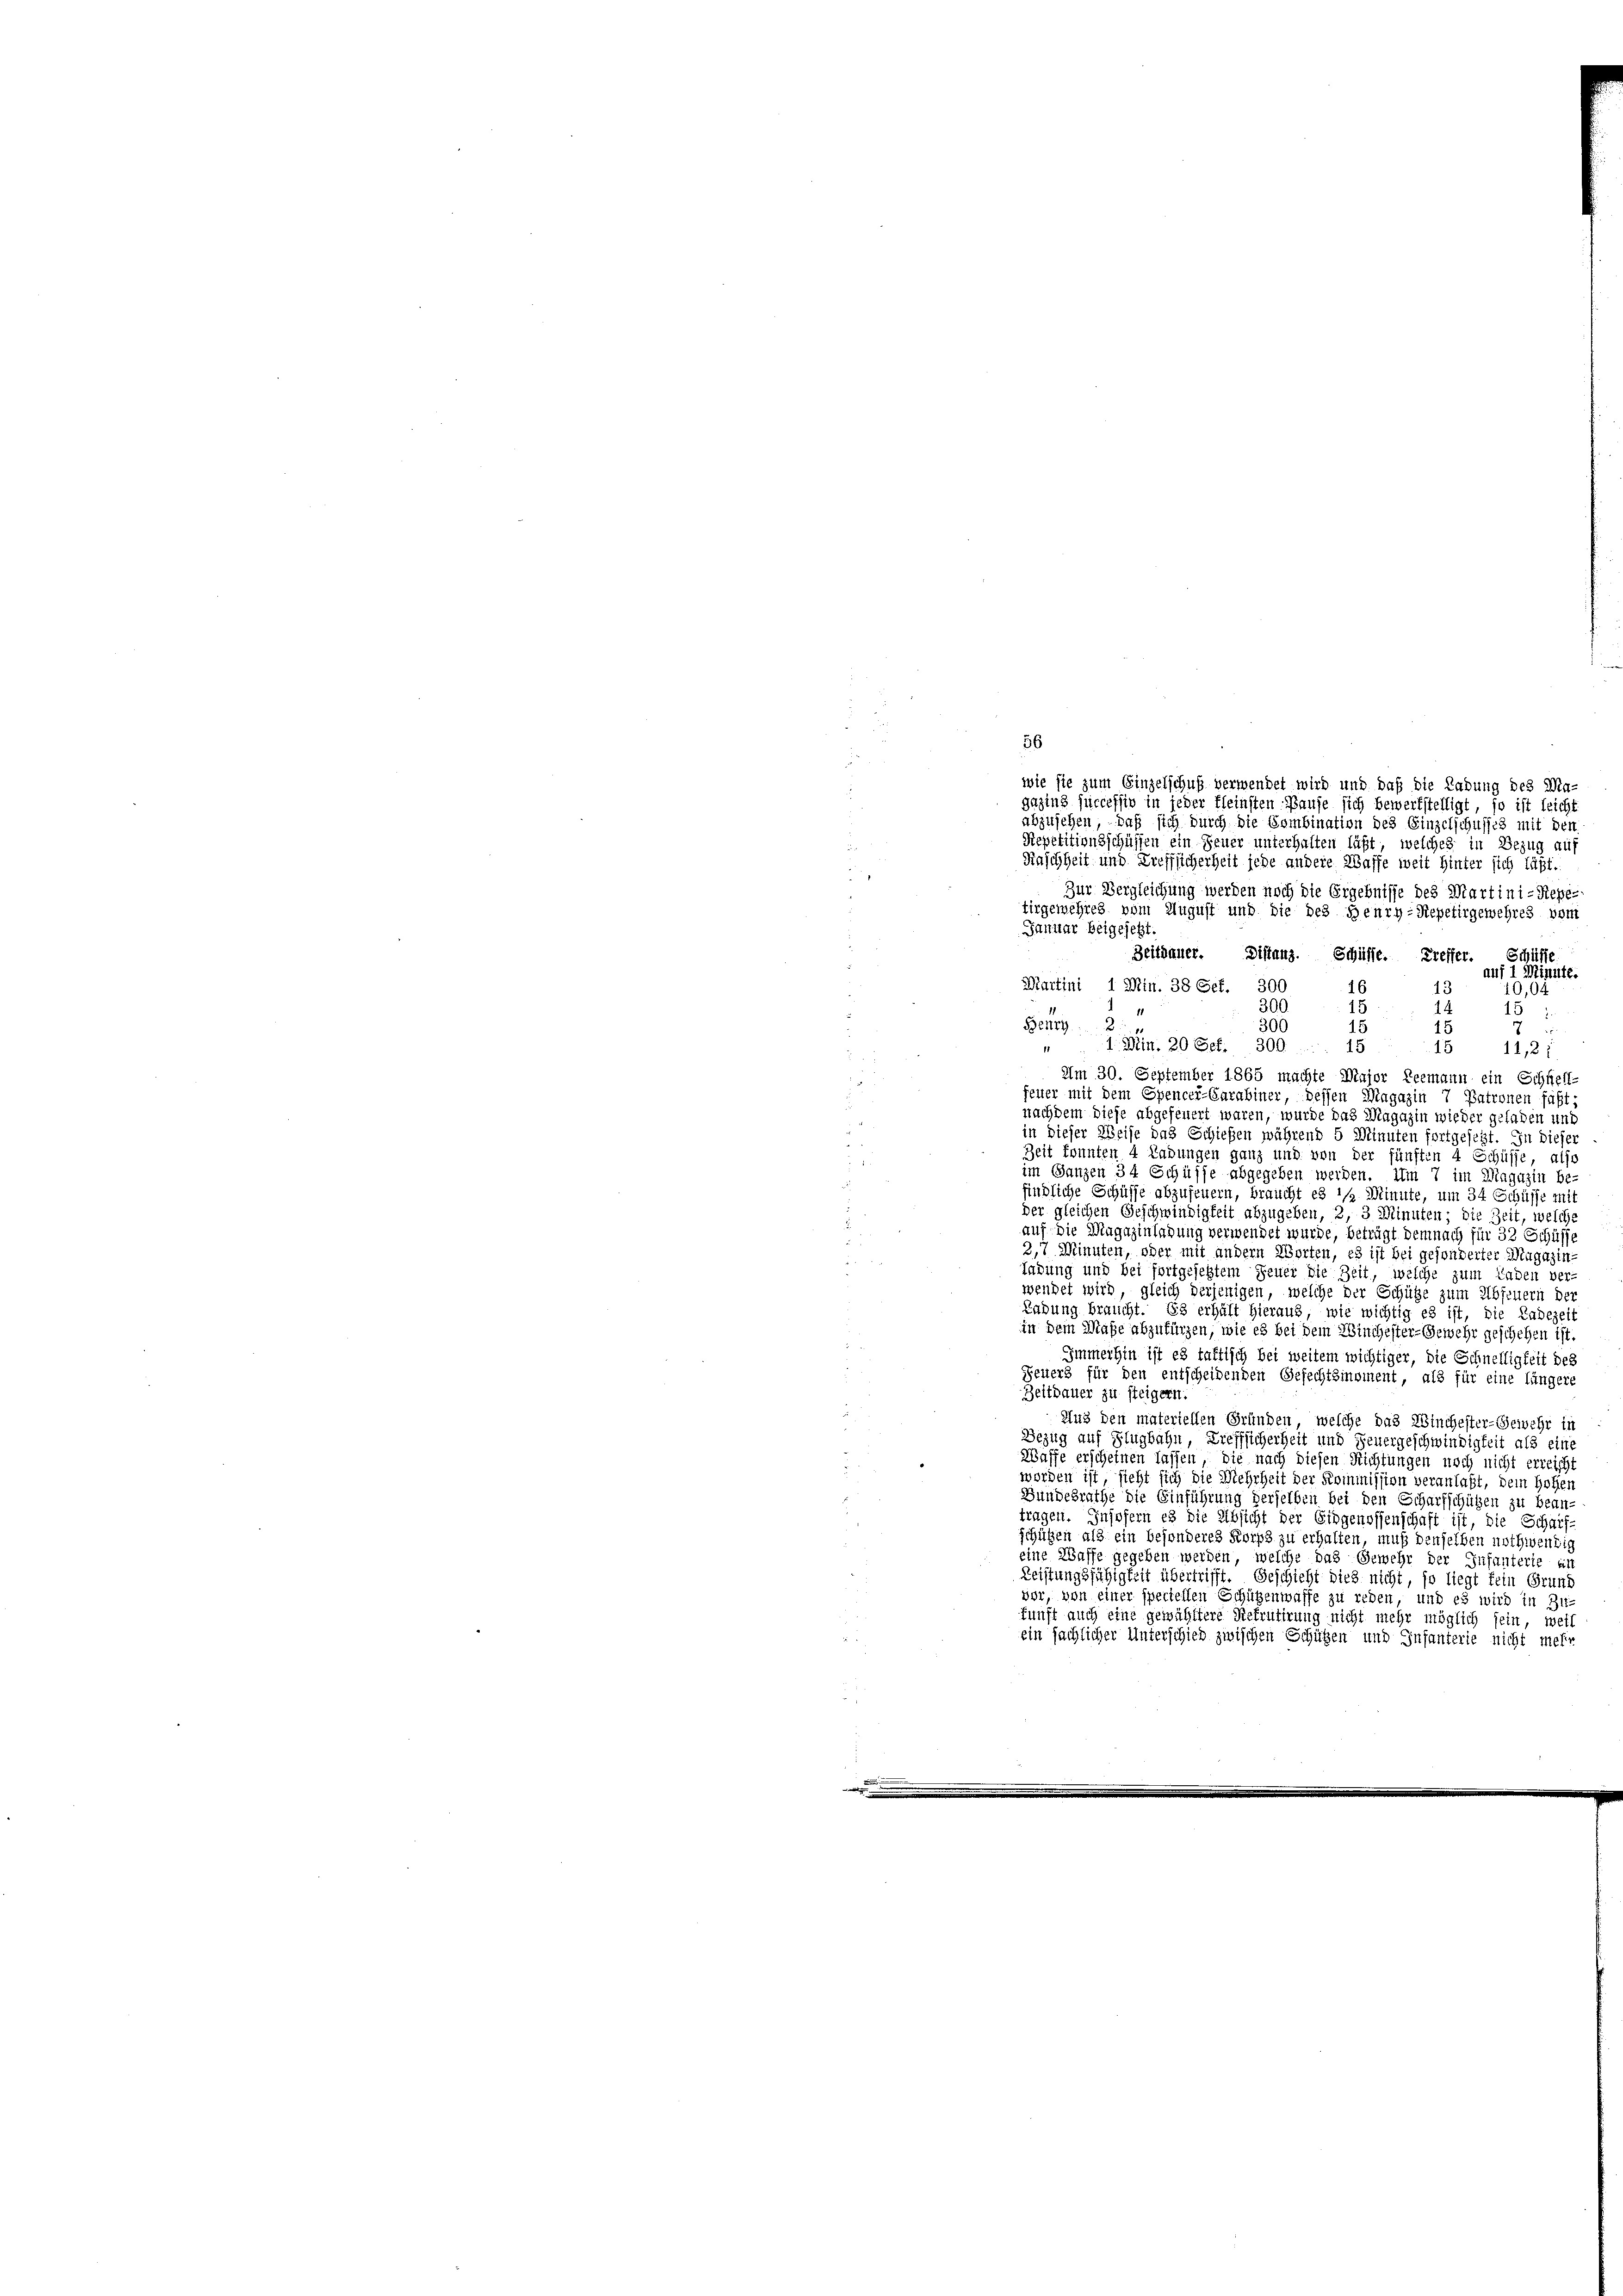
56

wie sie zum Einzelschuß vermendet wird und daß die Labung des Ma-
gazins successiv in jeder fleinsten Hause sich bewerkstelligt, so ist leicht
abzusehen, daß sich durch die Sombination des Einzelschusses mit der
Repetitionsschüffen ein Feuer unterhalten läßt, welches in Bezug auf
u
Faschheit und Treffsicherheit jede andere Wasse weit Hinter sich läßt.
Zur Vergleichung werden noch die Ergebnisse des Martini-Kepe-
tirgemehres vom August und die des Henry-Repetirgewehres vom
Januar beigelebt.
Zeitdauer. Distanz. Schüsse. Treffer. Schüffe
e
auf 1 Minute.
Martini 1 Min. 38 Sef. 300
16
13
10,00
300
15
14
15
Benry 2
300
15
15
5
1 Min. 20 Oct. 300.
11
15
15 11,2;
7
Am 30. September 1865 machte Major Leemann ein Schnell-
feuer mit dem Spencei-Carabiner, dessen Magazin 7 Patronen faßt;
nachdem diese abgefeuert waren, wurde das Magazin wieder geladen und
e
in dieser Weise das Schießen während 5 Minuten fortgesetzt. In dieser
d
Zeit konnten 4 Ladungen ganz und von der fünften 4 Schüsse, also
im Ganzen 34 Schüsse abgegeben werden. Um 7 im Magazin be-
e
findliche Schüsse abzufeuern, braucht es 1/2 Minute, um 34 Schüsse mit
der gleichen Geschwindigkeit abzugeben, 2, 3 Minuten; die Zeit, welche
2
auf. Die Magazinladung verwendet wurde, beträgt demnach für 32 Schüsse
2,7 Minuten, oder mit andern Worten, es ist bei gesonderter Magazin
1
ladung und bei fortgesetztem Feuer die Zeit, welche zum Laden ver-
wendet wird, gleich derjenigen, welche der Schütze zum Abfeuern de
Ladung braucht. Es erhält hieraus, wie wichtig es ist, die Ladezeit
in dem Maße abzufürzen, wie es bei dem Winchester-Gewehr geschehen ist.

Immerhin ist es taktisch bei weitem wichtiger, die Schnelligkeit des
Feuers für den entscheidenden Gefechtsinoment, als für eine längere
Zeitdauer zu steigern.
Aus den materiellen Gründen, welche das Winchester-Gewehr in
Bezug auf Flugbahn, Trefflicherheit und Feuergeschwindigkeit als eine
Waffe erscheinen lassen, die nach diesen Richtungen noch nicht erreich
.
worden ist, sieht sich die Mehrheit der Kommission veranlaßt, dem Hohen
Bundesrathe die Einführung derselben bei den Scharfschützen zu bean-
tragen. Insofern es die Absicht der Eidgenossenschaft ist, die Schaif-
schützen als ein besonderes Korps zu erhalten, muß denselben nothwendig
eine Waffe gegeben werden, welche das Gewehr der Infanterie un
Leistungsfähigkeit übertrifft. Geschicht dies nicht, so liegt fein Grund
vor, von einer speciellen Schützenwasse zu reden, und es wird in Zu-
funft auch eine gewähltere Refrutirung nicht mehr möglich sein, weil
ein sächlicher Unterschied zwischen Schützen und Infanterie nicht mehr